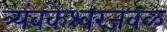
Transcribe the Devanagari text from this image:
त्र्यंबकेश्वरजवळ